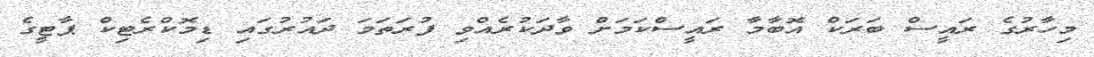
މިހާރުގެ ރައީސް ބަރަކް އޮބާމާ ރައީސްކަމަށް ވާދަކުރެއްވި ފުރަތަމަ ދައުރުގައި ޑިމޮކްރެޓިކް ޕާޓީގެ